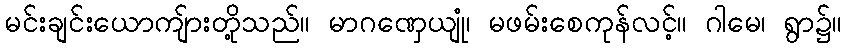
မင်းချင်းယောကျ်ားတို့သည်။ မာဂဏှေယျုံ၊ မဖမ်းစေကုန်လင့်။ ဂါမေ၊ ရွာ၌။